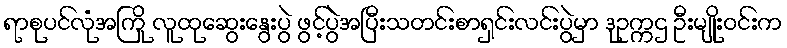
ရာစုပင်လုံအကြို လူထုဆွေးနွေးပွဲ ဖွင့်ပွဲအပြီးသတင်းစာရှင်းလင်းပွဲမှာ ဒုဥက္ကဌ ဦးမျိုးဝင်းက